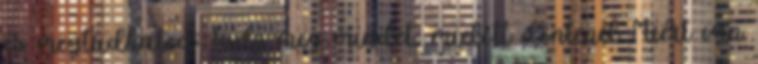
és megtudhatod: Tudj meg mindet, mielőtt döntenél Miért van